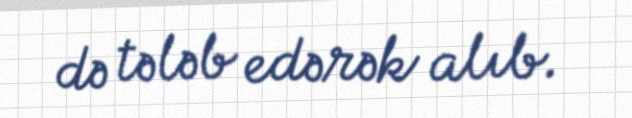
də tələb edərək alıb.